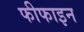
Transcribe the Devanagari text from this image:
फीफाइन